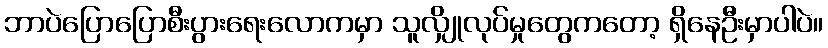
ဘာပဲပြောပြောစီးပွားရေးလောကမှာ သူလျှိုလုပ်မှုတွေကတော့ ရှိနေဦးမှာပါပဲ။